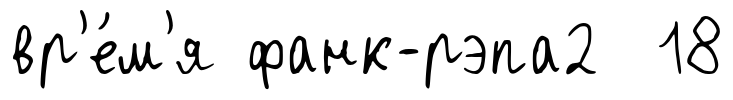
вр'е́м'я фанк-рэпа2 18